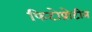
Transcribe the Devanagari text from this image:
फिटोप्रोटीन